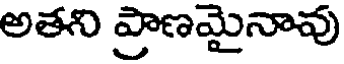
అతని ప్రాణమైనావు